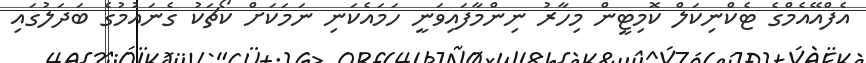
އެފްއޭއެމްގެ ޓެކްނިކަލް ކޮމިޓީން މިހާރު ނިންމާފައިވަނީ ހަމައެކަނި ނަމަކަށް ކޯޗަކު ގެނައުމުގެ ބަދަލުގައި